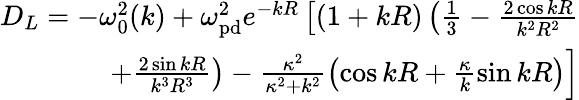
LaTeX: \begin{array}{r}{D_{L}=-\omega_{0}^{2}(k)+\omega_{\mathrm{pd}}^{2}e^{-kR}\left[(1+kR)\left(\frac{1}{3}-\frac{2\cos{kR}}{k^{2}R^{2}}\right.\right.}\\ {\left.\left.+\frac{2\sin{kR}}{k^{3}R^{3}}\right)-\frac{\kappa^{2}}{\kappa^{2}+k^{2}}\left(\cos{kR}+\frac{\kappa}{k}\sin{kR}\right)\right]}\end{array}